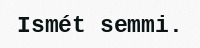
Ismét semmi.